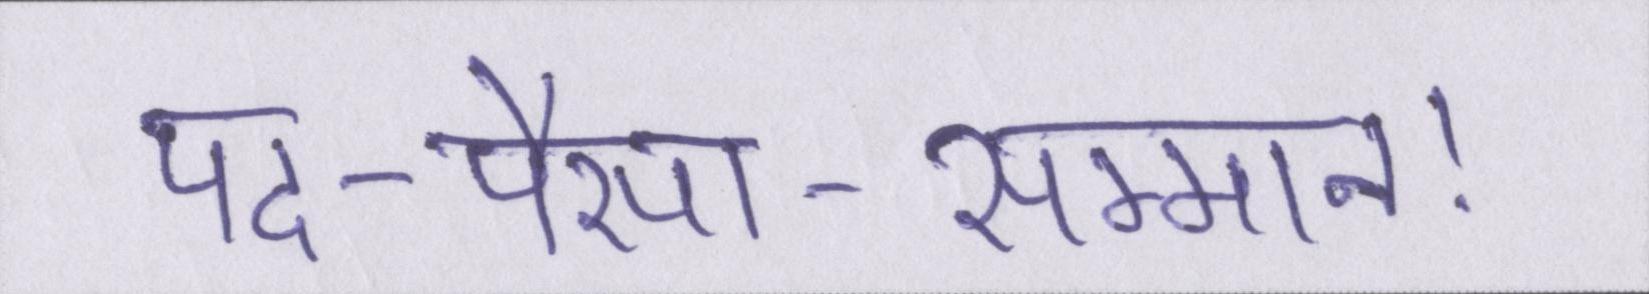
पद-पैसा-सम्मान।